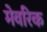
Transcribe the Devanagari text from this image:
मेवरिक